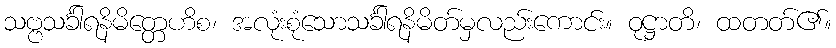
သဗ္ဗသင်္ခါရနိမိတ္တေဟိစ၊ အလုံးစုံသောသင်္ခါရနိမိတ်မှလည်းကောင်း။ ဝုဋ္ဌာတိ၊ ထတတ်၏။